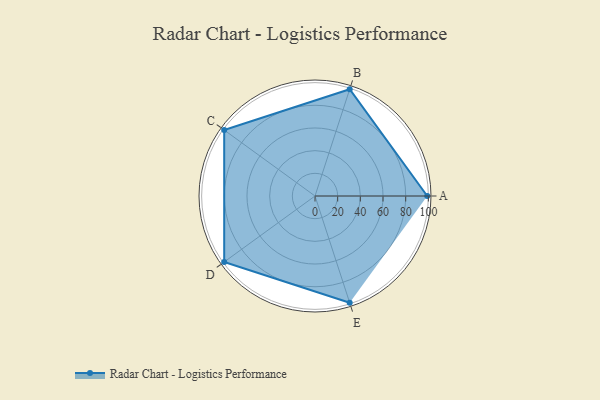
{"axis": {"x": "Skill", "y": "Score"}, "legend": ["Profile"], "data": [{"x": "A", "y": 99.0, "type": "Profile"}, {"x": "B", "y": 99, "type": "Profile"}, {"x": "C", "y": 99, "type": "Profile"}, {"x": "D", "y": 99, "type": "Profile"}, {"x": "E", "y": 99, "type": "Profile"}]}